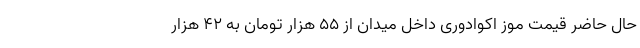
حال حاضر قیمت موز اکوادوری داخل میدان از ۵۵ هزار تومان به ۴۲ هزار